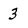
Character: 3